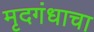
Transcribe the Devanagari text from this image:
मृदगंधाचा